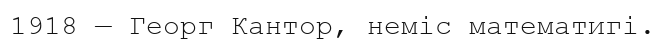
1918 — Георг Кантор, неміс математигі.